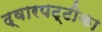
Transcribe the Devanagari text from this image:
द्वारपट्टीका